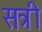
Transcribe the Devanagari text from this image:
सत्री